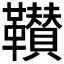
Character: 𩍴